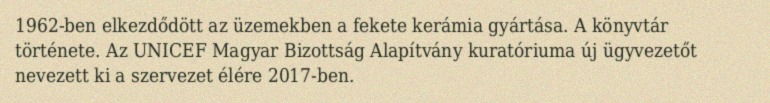
1962-ben elkezdődött az üzemekben a fekete kerámia gyártása. A könyvtár története. Az UNICEF Magyar Bizottság Alapítvány kuratóriuma új ügyvezetőt nevezett ki a szervezet élére 2017-ben.